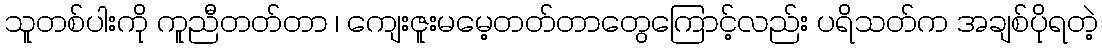
သူတစ်ပါးကို ကူညီတတ်တာ ၊ ကျေးဇူးမမေ့တတ်တာတွေကြောင့်လည်း ပရိသတ်က အချစ်ပိုရတဲ့